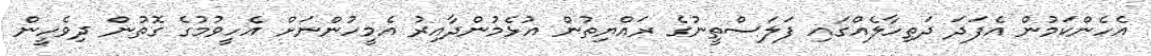
އެހެންކަމުން އެފަދަ ދަތިހާލެއްގައި ފަލަސްތީނުގެ ރައްޔިތުން އުޅެމުންދާއިރު އެމީހުންނަށް އެހީވުމުގެ ގޮތުން ދިވެހީން